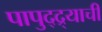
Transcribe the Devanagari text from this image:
पापुद्द्र्याची